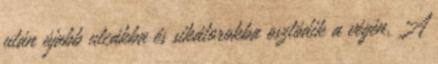
után újabb utcákba és sikátorokba osztódik a végén. A